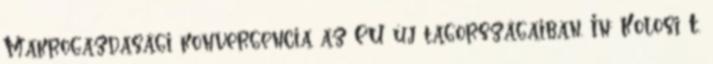
Makrogazdasági konvergencia az EU új tagországaiban. In: Kolosi T.